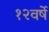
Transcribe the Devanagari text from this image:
१२वर्षे